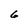
Character: 6